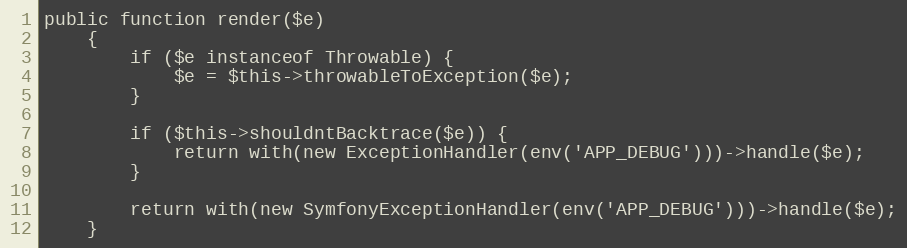
Language: PHP
public function render($e)
    {
        if ($e instanceof Throwable) {
            $e = $this->throwableToException($e);
        }

        if ($this->shouldntBacktrace($e)) {
            return with(new ExceptionHandler(env('APP_DEBUG')))->handle($e);
        }

        return with(new SymfonyExceptionHandler(env('APP_DEBUG')))->handle($e);
    }